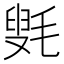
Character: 㲣